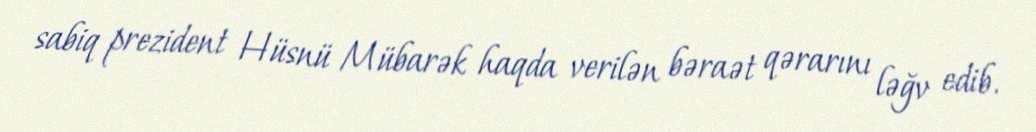
sabiq prezident Hüsnü Mübarək haqda verilən bəraət qərarını ləğv edib.